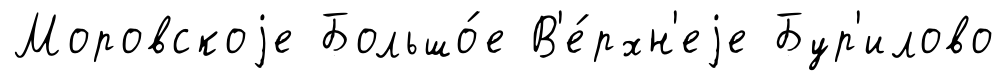
Моровскоjе Большо́е В'е́рхн'еjе Бур'илово